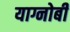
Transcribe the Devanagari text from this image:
याग्नोबी